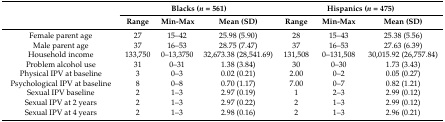
| <ROWSPAN=2>  | <COLSPAN=3> Blacks (n = 561) | <COLSPAN=3> Hispanics (n = 475) |
 | Range | Min-Max | Mean (SD) | Range | Min-Max | Mean (SD) |
 | --- | --- | --- | --- | --- | --- | --- |
 | Female parent age | 27 | 15–42 | 25.98 (5.90) | 28 | 15–43 | 25.38 (5.56) |
 | Male parent age | 37 | 16–53 | 28.75 (7.47) | 37 | 16–53 | 27.63 (6.39) |
 | Household income | 133,750 | 0–13,3750 | 32,673.38 (28,541.69) | 131,508 | 0–131,508 | 30,015.92 (26,757.84) |
 | Problem alcohol use | 31 | 0–31 | 1.38 (3.84) | 30 | 0–30 | 1.73 (3.43) |
 | Physical IPV at baseline | 3 | 0–3 | 0.02 (0.21) | 2.00 | 0–2 | 0.05 (0.27) |
 | Psychological IPV at baseline | 8 | 0–8 | 0.70 (1.17) | 7.00 | 0–7 | 0.82 (1.21) |
 | Sexual IPV baseline | 2 | 1–3 | 2.97 (0.19) | 1 | 2–3 | 2.99 (0.12) |
 | Sexual IPV at 2 years | 2 | 1–3 | 2.97 (0.22) | 2 | 1–3 | 2.99 (0.12) |
 | Sexual IPV at 4 years | 2 | 1–3 | 2.98 (0.16) | 2 | 1–3 | 2.96 (0.21) |